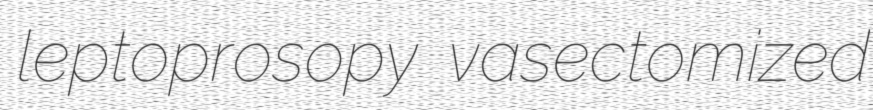
leptoprosopy vasectomized